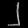
Digit: ၂